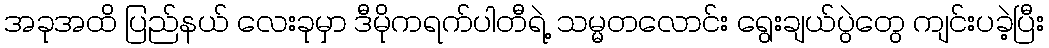
အခုအထိ ပြည်နယ် လေးခုမှာ ဒီမိုကရက်ပါတီရဲ့ သမ္မတလောင်း ရွေးချယ်ပွဲတွေ ကျင်းပခဲ့ပြီး